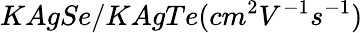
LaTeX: KAgSe/KAgTe(cm^{2}V^{-1}s^{-1})